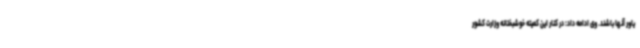
یاور آنها باشند. وی ادامه داد: در کنار این کمیته خوشبختانه وزارت کشور